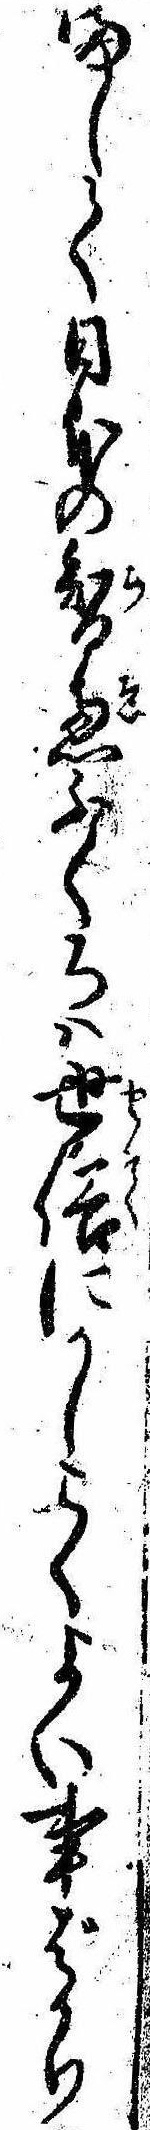
まして日本の智恵ふくろは世俗にかしこくよい事ばかり